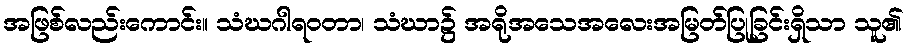
အဖြစ်လည်းကောင်း။ သံဃဂါရဝတာ၊ သံဃာ၌ အရိုအသေအလေးအမြတ်ပြုခြင်းရှိသာ သူ၏